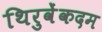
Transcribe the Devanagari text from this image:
थिरुवेंकदम